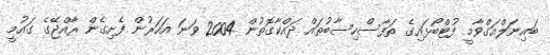
ބައިނަލްއަގްވާމީ ފުޓްބޯޅައިގެ ތަފާސްހިސާބުތައް ދައްކާގޮތުން 2004 ވަނަ އަހަރުން ފެށިގެން ރާއްޖޭގެ ގައުމީ